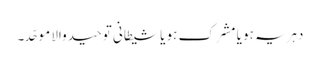
دہریہ ہو یا مشرک ہو یا شیطانی توحید والا موحّد۔